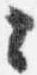
々